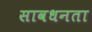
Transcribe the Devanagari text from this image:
सावधनता